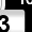
Digit: 3